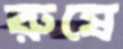
রুষে